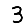
Digit: 3